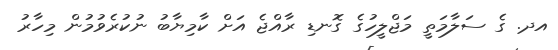
އދ. ގެ ސަލާމަތީ މަޖްލީހުގެ ގޮނޑި ރާއްޖެ އަށް ކާމިޔާބު ނުކުރެވުމުން މިހާރު